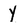
Character: y